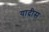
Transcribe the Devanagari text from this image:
यादीस